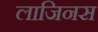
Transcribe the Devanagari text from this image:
लाजिनस